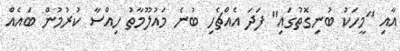
އާއި "މީހަކު ބުނިގޮތުގައި" ފަދަ އެއްޗެހި ބުނެ މައުލޫމާތު ހިއްސާ ކުރުމުން ބައެއް